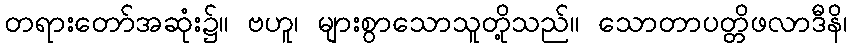
တရားတော်အဆုံး၌။ ဗဟူ၊ များစွာသောသူတို့သည်။ သောတာပတ္တိဖလာဒီနိ၊